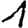
Digit: 1